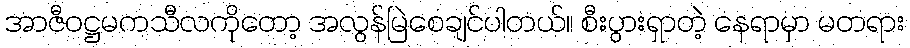
အာဇီဝဋ္ဌမကသီလကိုတော့ အလွန်မြဲစေချင်ပါတယ်။ စီးပွားရှာတဲ့ နေရာမှာ မတရား